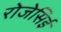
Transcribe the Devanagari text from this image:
रोजेसिई